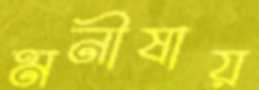
মনীষায়